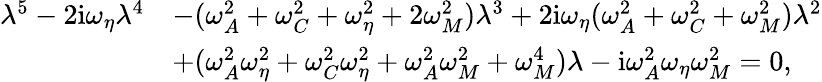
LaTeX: \begin{array}{rl}{\lambda^{5}-2\mathrm{i}\omega_{\eta}\lambda^{4}}&{-(\omega_{A}^{2}+\omega_{C}^{2}+\omega_{\eta}^{2}+2\omega_{M}^{2})\lambda^{3}+2\mathrm{i}\omega_{\eta}(\omega_{A}^{2}+\omega_{C}^{2}+\omega_{M}^{2})\lambda^{2}}\\ &{+(\omega_{A}^{2}\omega_{\eta}^{2}+\omega_{C}^{2}\omega_{\eta}^{2}+\omega_{A}^{2}\omega_{M}^{2}+\omega_{M}^{4})\lambda-\mathrm{i}\omega_{A}^{2}\omega_{\eta}\omega_{M}^{2}=0,}\end{array}